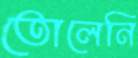
তোলেনি